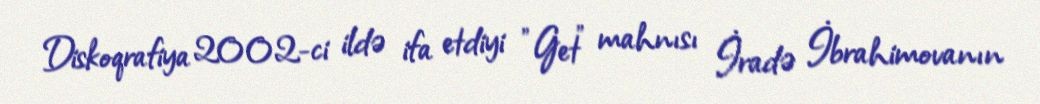
Diskoqrafiya 2002-ci ildə ifa etdiyi "Get" mahnısı İradə İbrahimovanın